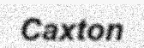
Caxton